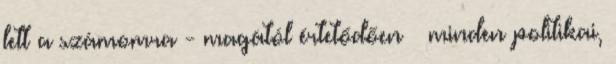
lett a számomra - magától értetődően – min­den politikai,